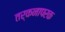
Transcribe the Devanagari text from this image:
तर्कनापरक